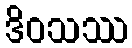
ဒိဝသဿ